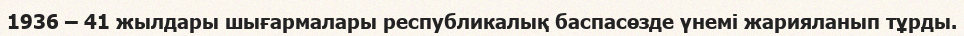
1936 – 41 жылдары шығармалары республикалық баспасөзде үнемі жарияланып тұрды.